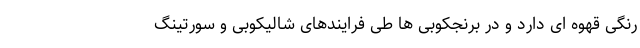
رنگی قهوه ای دارد و در برنجکوبی ها طی فرایندهای شالیکوبی و سورتینگ